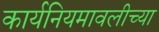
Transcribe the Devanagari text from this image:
कार्यनियमावलीच्या